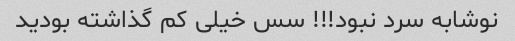
نوشابه سرد نبود!!! سس خیلی کم گذاشته بودید